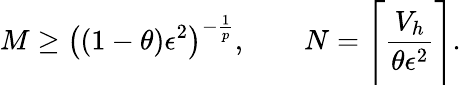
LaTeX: M\ge\left((1-\theta)\epsilon^{2}\right)^{-\frac 1{p}},\qquad N=\Biggl\lceil\frac{V_{h}}{\theta\epsilon^{2}}\Biggr\rceil.